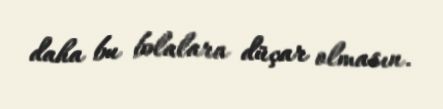
daha bu bəlalara düçar olmasın.